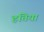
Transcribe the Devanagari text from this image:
हतिया